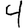
Digit: 4